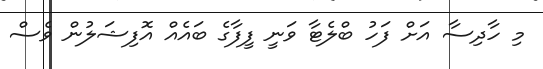
މި ހާދިސާ އަށް ފަހު ބްލެޓާ ވަނީ ފީފާގެ ބައެއް އޮފިޝަލުން ވެސް